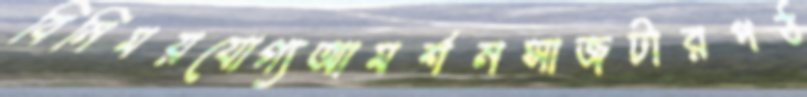
বিনিময়যোগ্যআমর্শনসাজটারপঠ